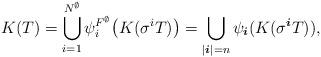
LaTeX: \begin{align*} K(T) = \bigcup_{i=1}^{N^{\emptyset}} \psi_i^{F^{\emptyset}} \big(K(\sigma^iT) \big) = \bigcup_{| \boldsymbol{i} | = n} \psi_{ \boldsymbol{i} } (K(\sigma^{ \boldsymbol{i} } T)),\end{align*}